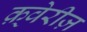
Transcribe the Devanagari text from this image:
क़्वेरीज़